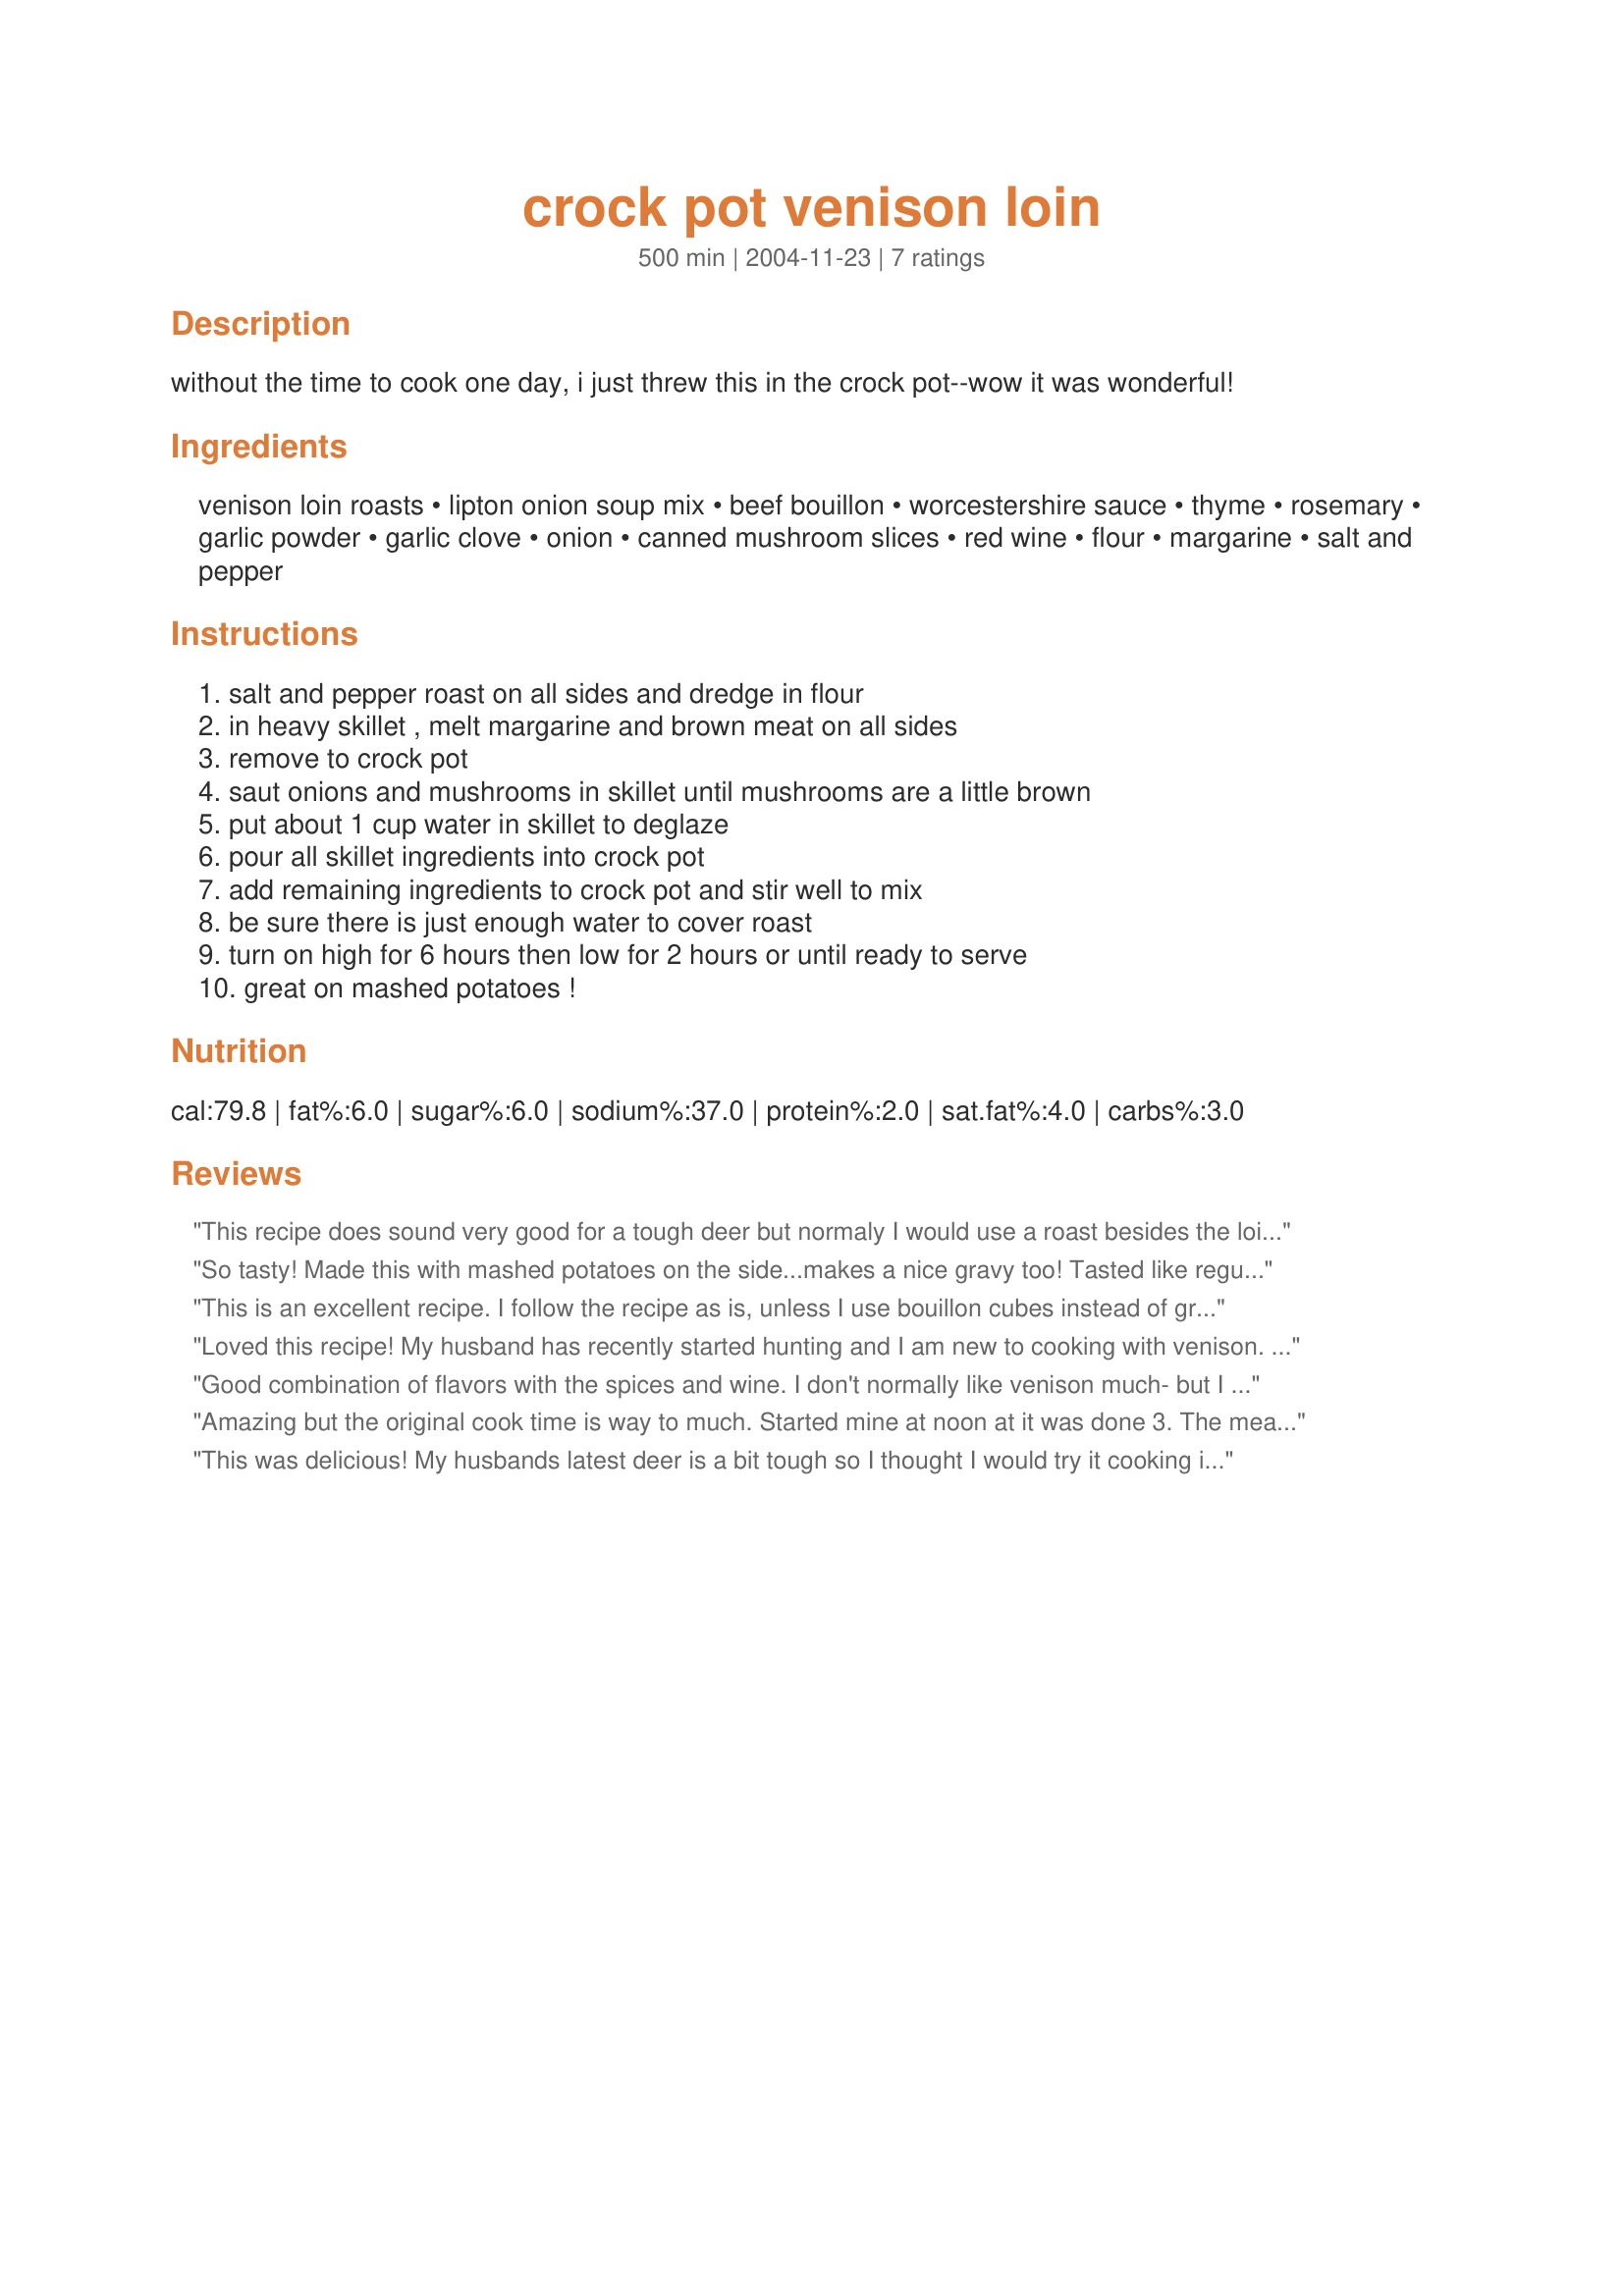
crock pot venison loin
Preparation time: 500 minutes

without the time to cook one day, i just threw this in the crock pot--wow it was wonderful!

Ingredients:
venison loin roasts, lipton onion soup mix, beef bouillon, worcestershire sauce, thyme, rosemary, garlic powder, garlic clove, onion, canned mushroom slices, red wine, flour, margarine, salt and pepper

Steps:
salt and pepper roast on all sides and dredge in flour, in heavy skillet , melt margarine and brown meat on all sides, remove to crock pot, saut onions and mushrooms in skillet until mushrooms are a little brown, put about 1 cup water in skillet to deglaze, pour all skillet ingredients into crock pot, add remaining ingredients to crock pot and stir well to mix, be sure there is just enough water to cover roast, turn on high for 6 hours then low for 2 hours or until ready to serve, great on mashed potatoes !

Reviews:
This recipe does sound very good for a tough deer but normaly I would use a roast besides the loin. The lion is usually very tender, makes excellent steaks and should be served at medium doneness or less.
So tasty! Made this with mashed potatoes on the side...makes a nice gravy too! Tasted like regular roast, not gamey at all. Very easy and the house smelled super all day long.
This is an excellent recipe. I follow the recipe as is, unless I use bouillon cubes instead of granulated. It&#039;s a winner every time. We like to make open faced sandwiches with this and mashed potatoes on the side. Sometimes I&#039;ll add a green vegetable also.
Loved this recipe! My husband has recently started hunting and I am new to cooking with venison. I am always looking for good recipes and this one is great. I will say that I cut the cooking time by a few hours. I cooked it on low for 5.5 hours instead of on high and then on low for the full 8. This really helped as my experience has always been that crock pots generally run hot. I also used a full twig of fresh rosemary, and a good amount of fresh thyme. I also opted to add an extra can of mushroom and extra onion. Could not have been better. Perfect over suggested mashed potatoes. I will absolutely make this again and pass along the recipe. Thank you!
Good combination of flavors with the spices and wine. I don't normally like venison much- but I DO like this! Thanks for posting.
Amazing but the original cook time is way to much. Started mine at noon at it was done 3. The meat was like butter, just melted in your mouth and no game taste. My wife even tasted it and she hates venison and she loved it. I browned it in pan then put it in crock pot at 275 for 3 hrs. If I left it in as long as she suggested the meat would have been the size of a nickle..
This was delicious! My husbands latest deer is a bit tough so I thought I would try it cooking it slow in the crockpot and it worked. I actually used chops instead of a roast but I know the roast would come out just as good. Thank you for posting because I needed something to tenderize this meat and this recipe was it. I served it with mashed potatoes and made gravy out of the liquid in the crockpot. Everyone loved it. For sure I'll make this again.
